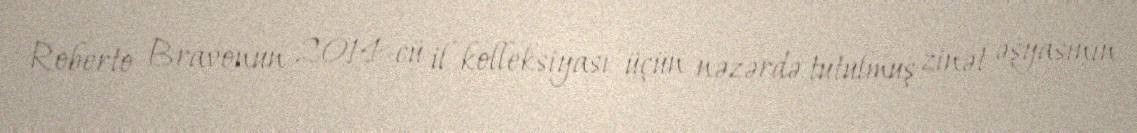
Roberto Bravonun 2014-cü il kolleksiyası üçün nəzərdə tutulmuş zinət əşyasının